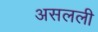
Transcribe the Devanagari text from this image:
असलली